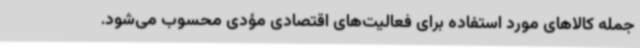
جمله کالاهای مورد استفاده برای فعالیت‌های اقتصادی مؤدی محسوب می‌شود.